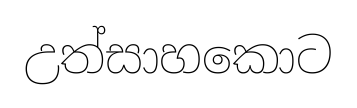
උත්සාහකොට